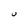
Character: U